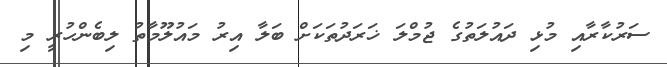
ސަރުކާރާއި މުޅި ދައުލަތުގެ ޖުމްލަ ޚަރަދުތަކަށް ބަލާ އިރު މައުލޫމާތު ލިބެންހުރީ މި